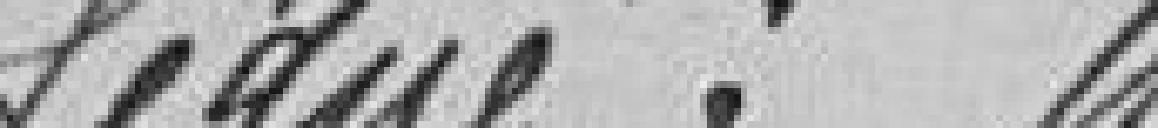
Singé : Henry MOURCHET